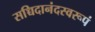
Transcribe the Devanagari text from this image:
सच्चिदानंदस्वरूपं